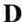
D